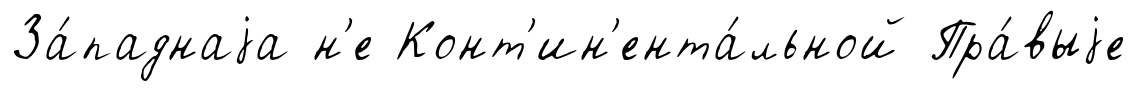
За́паднаjа н'е Конт'ин'ента́льной Пра́выjе